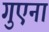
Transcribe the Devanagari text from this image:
गुएना